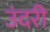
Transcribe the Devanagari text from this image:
उंदरी